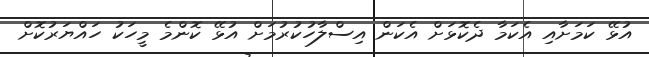
އުޅޭ ކަމަށާއި އެކަމާ ދެކޮޅަށް އެކަން އިސްލާހުކުރުމަށް އުޅޭ ކޮންމެ މީހަކު ހައްޔަރުކޮށް